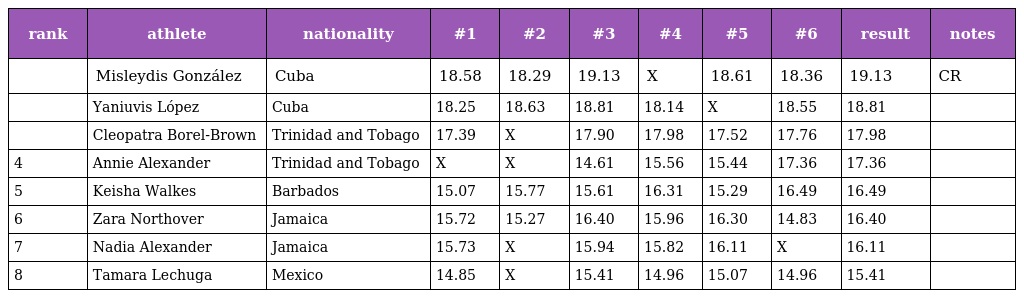
| rank | athlete | nationality | #1 | #2 | #3 | #4 | #5 | #6 | result | notes |
 | --- | --- | --- | --- | --- | --- | --- | --- | --- | --- | --- |
 |  | Misleydis González | Cuba | 18.58 | 18.29 | 19.13 | X | 18.61 | 18.36 | 19.13 | CR |
 |  | Yaniuvis López | Cuba | 18.25 | 18.63 | 18.81 | 18.14 | X | 18.55 | 18.81 |  |
 |  | Cleopatra Borel-Brown | Trinidad and Tobago | 17.39 | X | 17.90 | 17.98 | 17.52 | 17.76 | 17.98 |  |
 | 4 | Annie Alexander | Trinidad and Tobago | X | X | 14.61 | 15.56 | 15.44 | 17.36 | 17.36 |  |
 | 5 | Keisha Walkes | Barbados | 15.07 | 15.77 | 15.61 | 16.31 | 15.29 | 16.49 | 16.49 |  |
 | 6 | Zara Northover | Jamaica | 15.72 | 15.27 | 16.40 | 15.96 | 16.30 | 14.83 | 16.40 |  |
 | 7 | Nadia Alexander | Jamaica | 15.73 | X | 15.94 | 15.82 | 16.11 | X | 16.11 |  |
 | 8 | Tamara Lechuga | Mexico | 14.85 | X | 15.41 | 14.96 | 15.07 | 14.96 | 15.41 |  |